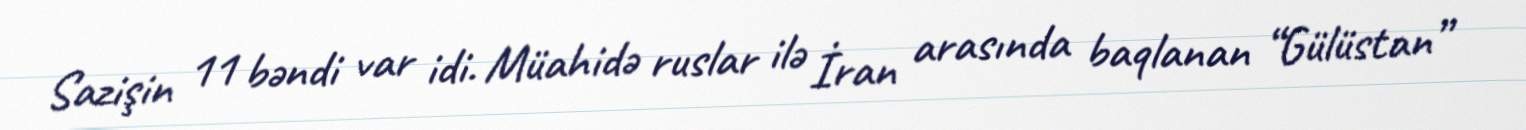
Sazişin 11 bəndi var idi. Müahidə ruslar ilə İran arasında baqlanan “Gülüstan”